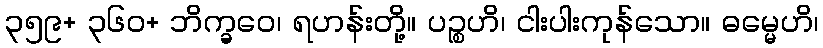
၃၅၉+ ၃၆၀+ ဘိက္ခဝေ၊ ရဟန်းတို့။ ပဉ္စဟိ၊ ငါးပါးကုန်သော။ ဓမ္မေဟိ၊